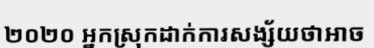
២០២០ អ្នកស្រុកដាក់ការសង្ស័យថាអាច